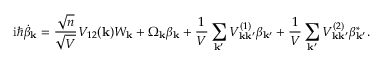
\mathrm { i } \hbar \dot { \beta } _ { \mathbf { k } } = \frac { \sqrt { n } } { \sqrt { V } } V _ { 1 2 } ( \mathbf { k } ) W _ { \mathbf { k } } + \Omega _ { \mathbf { k } } \beta _ { \mathbf { k } } + \frac { 1 } { V } \sum _ { \mathbf { k } ^ { \prime } } V _ { \mathbf { k } \mathbf { k } ^ { \prime } } ^ { ( 1 ) } \beta _ { \mathbf { k } ^ { \prime } } + \frac { 1 } { V } \sum _ { \mathbf { k } ^ { \prime } } V _ { \mathbf { k } \mathbf { k } ^ { \prime } } ^ { ( 2 ) } \beta _ { \mathbf { k } ^ { \prime } } ^ { * } .